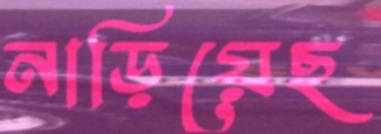
নাড়িয়েছ